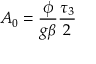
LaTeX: A _ { 0 } = { \frac { \phi } { { g \beta } } } \frac { \tau _ { 3 } } { 2 }